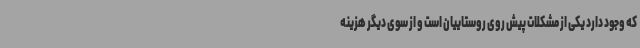
که وجود دارد یکی از مشکلات پیش روی روستاییان است و از سوی دیگر هزینه